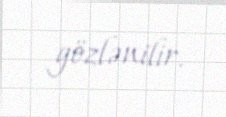
gözlənilir.